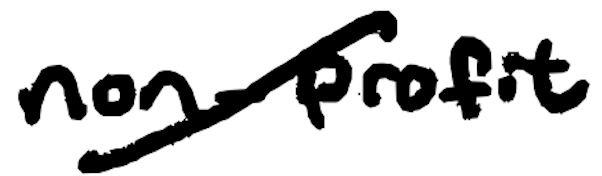
Text: non-profit
Cross-out: diagonal
Writing tool: digital_black